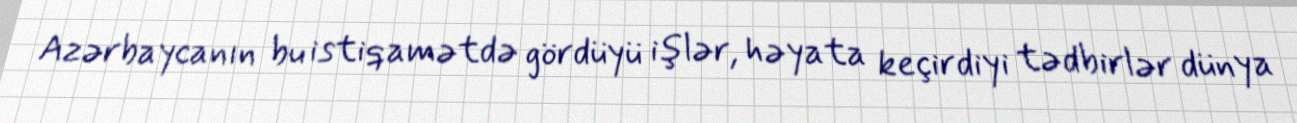
Azərbaycanın bu istiqamətdə gördüyü işlər, həyata keçirdiyi tədbirlər dünya